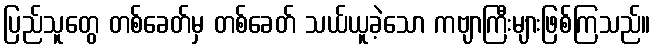
ပြည်သူတွေ တစ်ခေတ်မှ တစ်ခေတ် သယ်ယူခဲ့သော ကဗျာကြီးများဖြစ်ကြသည်။